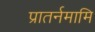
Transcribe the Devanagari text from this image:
प्रातर्नमामि